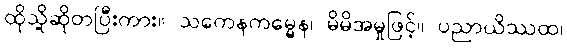
ထိုသို့ဆိုတပြီးကား။ သကေနကမ္မေန၊ မိမိအမှုဖြင့်။ ပညာယိဿထ၊